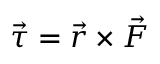
{ \vec { \tau } } = { \vec { r } } \times { \vec { F } }